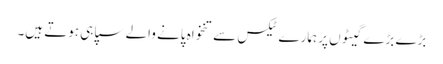
بڑے بڑے گیٹوں پر ہمارے ٹیکس سے تنخواہ پانے والے سپاہی ہوتے ہیں۔